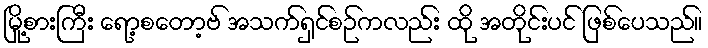
မြို့စားကြီး ရော့စတော့ဗ် အသက်ရှင်စဉ်ကလည်း ထို အတိုင်းပင် ဖြစ်ပေသည်။